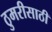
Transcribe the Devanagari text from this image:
ठुमरीसाठी